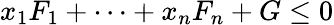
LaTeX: x_{1}F_{1}+\cdots+x_{n}F_{n}+G\leq 0